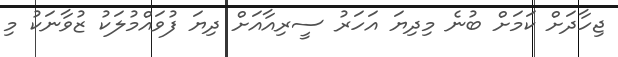
ޖިހާދަށް ކަމަށް ބުނެ މިދިޔަ އަހަރު ސީރިއާއަށް ދިޔަ ފުވައްމުލަކު ޒުވާނަކު މި